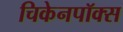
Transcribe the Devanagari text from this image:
चिकेनपॉक्स